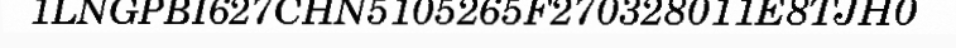
1LNGPBI627CHN5105265F270328011E8TJH0